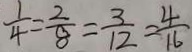
\frac { 1 } { 4 } = \frac { 2 } { 8 } = \frac { 3 } { 1 2 } = \frac { 4 } { 1 6 }